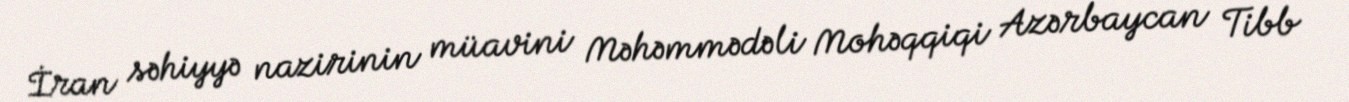
İran səhiyyə nazirinin müavini Məhəmmədəli Mohəqqiqi Azərbaycan Tibb